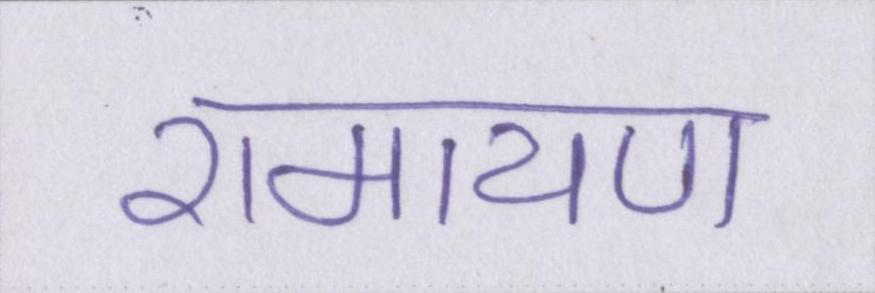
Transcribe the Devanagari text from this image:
रामायण